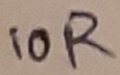
Text: 10R